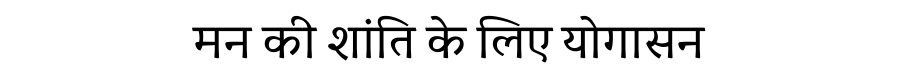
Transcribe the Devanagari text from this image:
मन की शांति के लिए योगासन